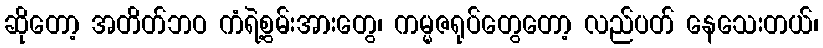
ဆိုတော့ အတိတ်ဘဝ ကံရဲ့စွမ်းအားတွေ၊ ကမ္မဇရုပ်တွေတော့ လည်ပတ် နေသေးတယ်၊